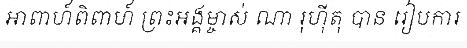
អាពាហ៍ពិពាហ៍ ព្រះអង្គម្ចាស់ ណា រុហ៊ីតុ បាន រៀបការ